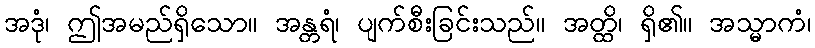
အဒုံ၊ ဤအမည်ရှိသော။ အန္တရံ၊ ပျက်စီးခြင်းသည်။ အတ္ထိ၊ ရှိ၏။ အသ္မာကံ၊